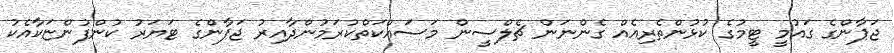
ޖަޕާންގެ ގައުމީ ޓީމުގެ ކުޅުންތެރިއެއް ގެންނަން ޗެލްސީން މަސައްކަތްކުރަމުންދާއިރު ޖަޕާންގެ ޓަޔަރު ކުންފުންޏަކާއެކު